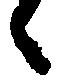
候